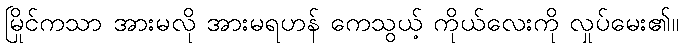
မြိုင်ကသာ အားမလို အားမရဟန် ကေသွယ့် ကိုယ်လေးကို လှုပ်မေး၏။